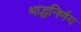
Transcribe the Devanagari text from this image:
श्राद्धनिर्णय